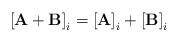
LaTeX: \begin{align*}\left[\mathbf{A}+\mathbf{B}\right]_{i}=\left[\mathbf{A}\right]_{i}+\left[\mathbf{B}\right]_{i}\end{align*}